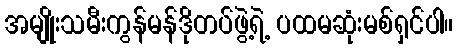
အမျိုးသမီးကွန်မန်ဒိုတပ်ဖွဲ့ရဲ့ ပထမဆုံးမစ်ရှင်ပါ။